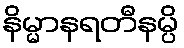
နိမ္မာနရတီနမ္ပိ